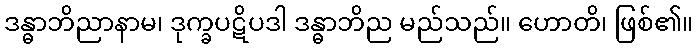
ဒန္ဓာဘိညာနာမ၊ ဒုက္ခပဋိပဒါ ဒန္ဓာဘိည မည်သည်။ ဟောတိ၊ ဖြစ်၏။